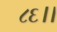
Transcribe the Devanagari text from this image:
८६।।